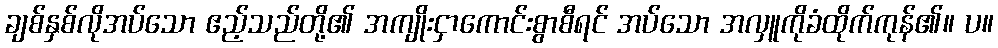
ချစ်နှစ်လိုအပ်သော ဧည့်သည်တို့၏ အကျိုးငှာကောင်းစွာစီရင် အပ်သော အလှူကိုခံထိုက်ကုန်၏။ ပ။